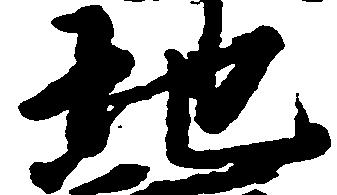
地